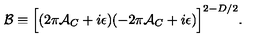
{ \cal B } \equiv \Bigl [ ( 2 \pi { \cal A } _ { C } + i \epsilon ) ( - 2 \pi { \cal A } _ { C } + i \epsilon ) \Bigr ] ^ { 2 - D / 2 } .